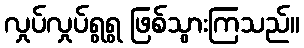
လှုပ်လှုပ်ရွရွ ဖြစ်သွားကြသည်။